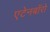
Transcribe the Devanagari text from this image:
एटेनबॉरो